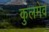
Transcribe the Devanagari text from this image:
कुलमेव